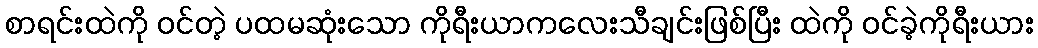
စာရင်းထဲကို ဝင်တဲ့ ပထမဆုံးသော ကိုရီးယာကလေးသီချင်းဖြစ်ပြီး ထဲကို ဝင်ခဲ့ကိုရီးယား